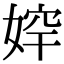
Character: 𡞛